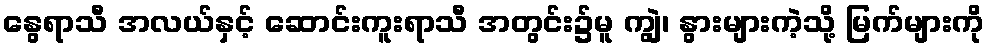
နွေရာသီ အလယ်နှင့် ဆောင်းကူးရာသီ အတွင်း၌မူ ကျွဲ၊ နွားများကဲ့သို့ မြက်များကို